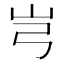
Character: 𰎉